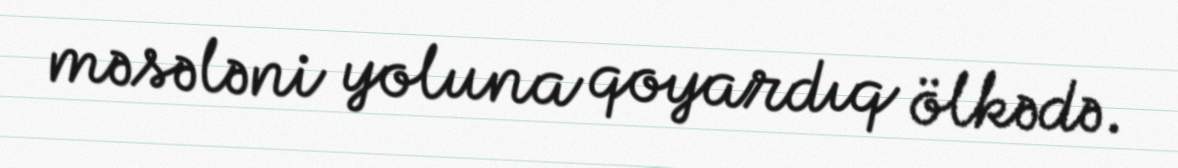
məsələni yoluna qoyardıq ölkədə.